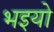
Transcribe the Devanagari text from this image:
भइयो